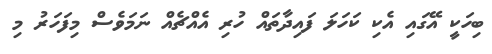
ބިހަކީ އޭގައި އެކި ކަހަލަ ފައިދާތައް ހުރި އެއްޗެއް ނަމަވެސް މިފަހަރު މި